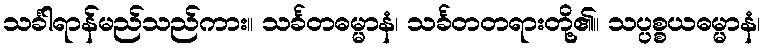
သင်္ခါရာန်မည်သည်ကား။ သင်္ခတဓမ္မာနံ၊ သင်္ခတတရားတို့၏။ သပ္ပစ္စယဓမ္မာနံ၊